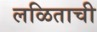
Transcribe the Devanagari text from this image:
लळिताची